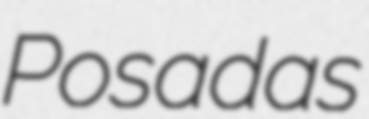
Posadas